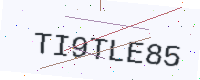
Text: TI9TLE85